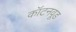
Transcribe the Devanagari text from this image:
कॉटनवूड